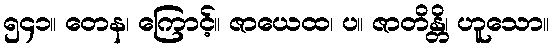
၅၄၁။ တေန၊ ကြောင့်။ ဇာယေထ၊ ပ။ ဇာတိန္တိ၊ ဟူသော။